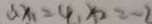
\therefore x _ { 1 } = 4 , x _ { 2 } = - 2